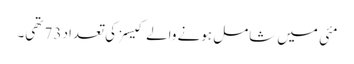
مئی میں شامل ہونے والے کیسز کی تعداد 73 تھی۔